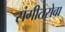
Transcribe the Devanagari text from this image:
संगीतसेवा